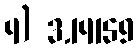
4) 3.14159